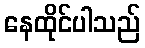
နေထိုင်ပါသည်